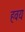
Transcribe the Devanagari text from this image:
हवय